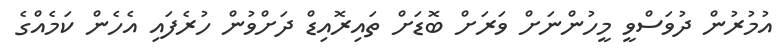
އުމުރުން ދުވަސްވީ މީހުންނަށް ވަރަށް ބޮޑަށް ތައިރޮއިޑް ދަށްވުން ހުރެފައި އެހެން ކަމެއްގެ